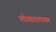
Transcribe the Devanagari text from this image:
लोकरामायण